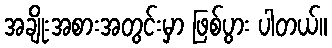
အချိုးအစားအတွင်းမှာ ဖြစ်ပွား ပါတယ်။